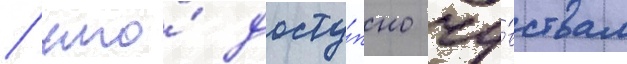
/ что́ досту́пно чу́вствам